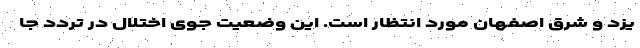
یزد و شرق اصفهان مورد انتظار است. این وضعیت جوی اختلال در تردد جا